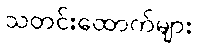
သတင်းထောက်များ